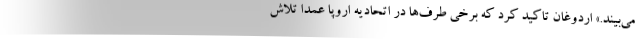
می‌بیند.» اردوغان تاکید کرد که برخی طرف‌ها در اتحادیه اروپا عمدا تلاش